Report of the Bombay Plague Committee
Disease focus: Plague
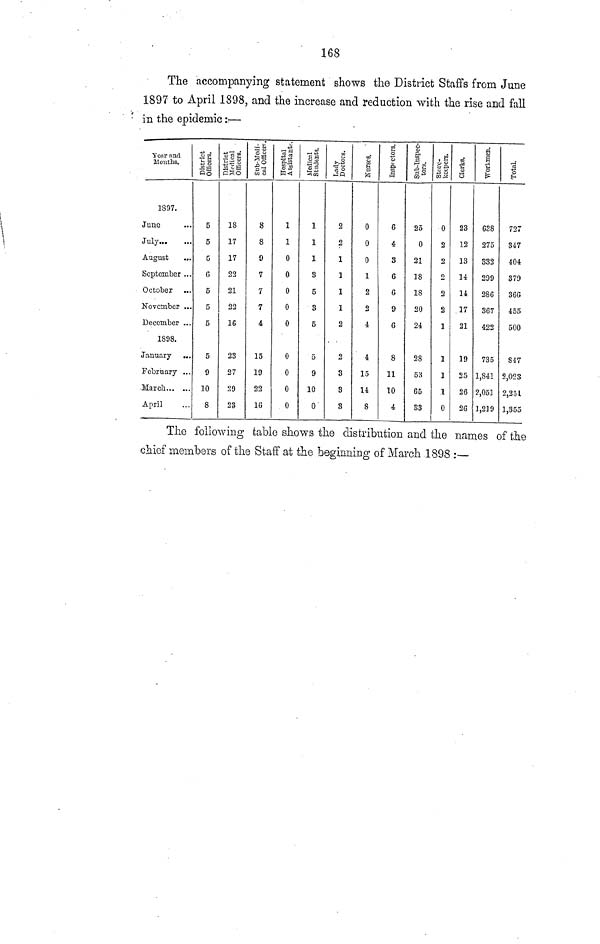
168
The accompanying statement shows the District Staffs from June
1897 to April 1898, and the increase and reduction with the rise and fall
in the epidemic :—•
Year and
Mouths.
1897.
June ...
July
...
August ...
September ...
October
November ..
December ...
1898.
January ..
February ..
March
April ...
5
5
0
G
5
5
5
5
9
10
8
18
17
17
22
21
22
16
23
27
29
28
8
8
9
7
7
7
4
15
19
22
16
1
1
0
0
0
0
0
0
0
0
0
1
1
3
5
3
5
5
9
10
2
2
1
1
1
1
2
2
3
3
8
0
0
0
1
2
2
4
4
15
U
8
6
4
3
6
G
9
6
8
11
10
4
25
0
21
18
18
20
24
28
53
65
0
2
2
o
2
2
1
1
1
1
0
23
12
13
14
lé
17
21
19
25
26
26
638
275
332
299
286
367
422
735
1,841
2,051
1,219
727
347
404
379
36G
455
500
847
2,023
2,251
1,355
The following table shows the distribution and the names of the
chief members of the Staff at the beginning of March 1898 :—